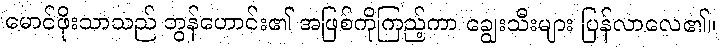
မောင်ဖိုးသာသည် ဘွန်ဟောင်း၏ အဖြစ်ကိုကြည့်ကာ ချွေးသီးများ ပြန်လာလေ၏။